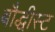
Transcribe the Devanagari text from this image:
बौद्धीस्ट